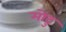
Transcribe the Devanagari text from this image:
मोटु